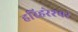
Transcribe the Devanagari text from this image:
हरिहरेश्‍वर